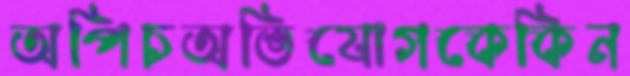
অপিচঅভিযোগকেকিন